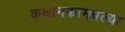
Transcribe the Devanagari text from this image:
कथानकामधल्या